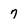
Character: 7